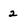
Character: 2